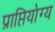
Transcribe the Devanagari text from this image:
प्राप्तियोग्य